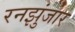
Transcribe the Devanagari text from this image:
रनझुंजार